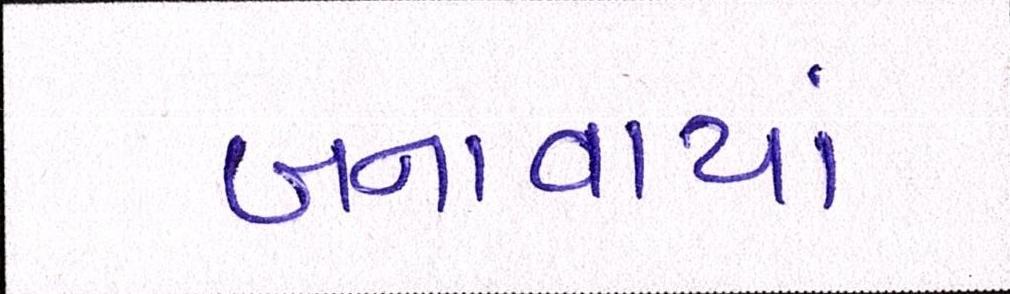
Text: બનાવાયાં